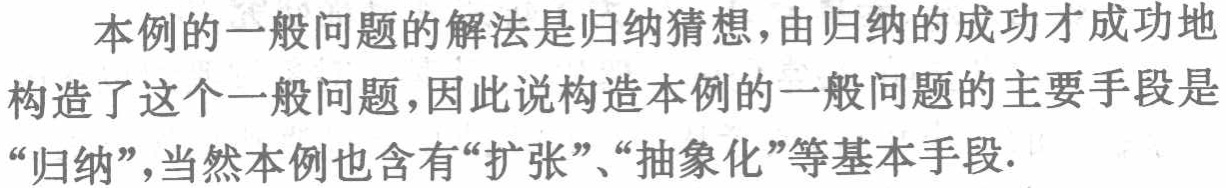
本例的一般问题的解法是归纳猜想,由归纳的成功才成功地构造了这个一般问题,因此说构造本例的一般问题的主要手段是“归纳”,当然本例也含有“扩张”、“抽象化”等基本手段.